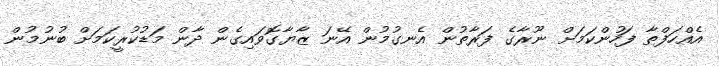
އެއްހަފްތާ ފަހުންކަމަށް ނޫރާގެ ފަރާތުން އެނގުމުން އޭނަ ޒާޔާގޮވައިގެން ދާން މަޑުކުރީކަމަށް ބުނުމުން